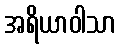
အရိယာဝါသာ